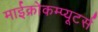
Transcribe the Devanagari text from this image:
माईक्रोकम्प्यूटर्स